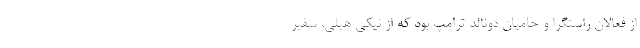
از فعالان راستگرا و حامیان دونالد ترامپ بود که از نیکی هیلی، سفیر